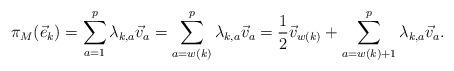
LaTeX: \begin{align*}\pi_M({\vec e}_k)=\sum_{a=1}^p \lambda_{k,a} {\vec v}_a=\sum_{a=w(k)}^p \lambda_{k,a}{\vec v}_{a}=\frac{1}{2}{\vec v}_{w(k)}+\sum_{a=w(k)+1}^p \lambda_{k,a} {\vec v}_{a}.\end{align*}